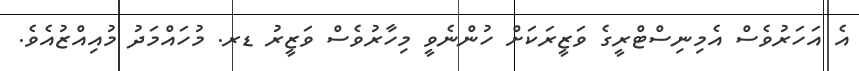
އެ އަހަރުވެސް އެމިނިސްޓްރީގެ ވަޒީރަކަށް ހުންނެވީ މިހާރުވެސް ވަޒީރު ޑރ. މުހައްމަދު މުއިއްޒުއެވެ.